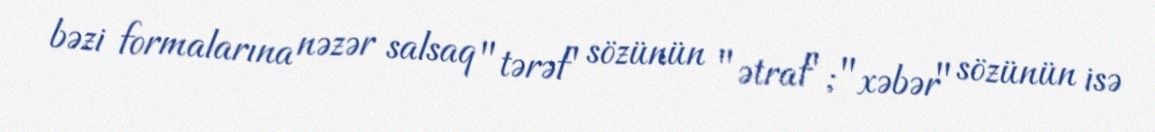
bəzi formalarına nəzər salsaq "tərəf" sözünün "ətraf"; "xəbər" sözünün isə